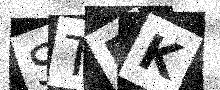
Text: STPK